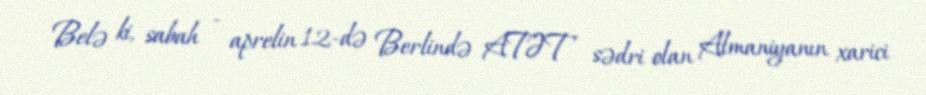
Belə ki, sabah - aprelin 12-də Berlində ATƏT sədri olan Almaniyanın xarici